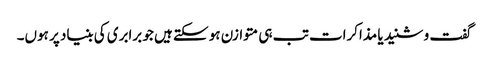
گفت و شنید یا مذاکرات تب ہی متوازن ہو سکتے ہیں جو برابری کی بنیاد پر ہوں۔